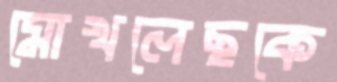
মোখলেছকে